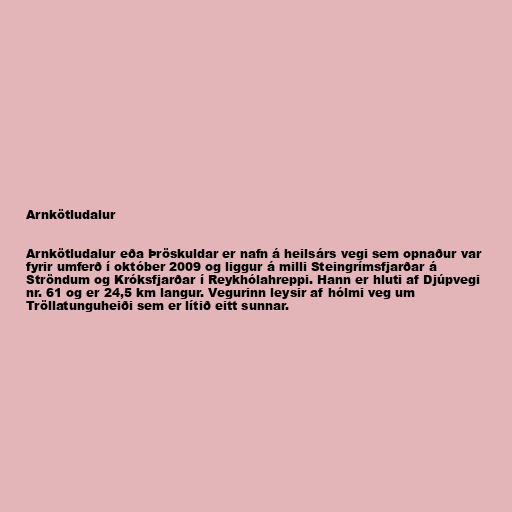
Arnkötludalur

Arnkötludalur eða Þröskuldar er nafn á heilsárs vegi sem opnaður var
fyrir umferð í október 2009 og liggur á milli Steingrímsfjarðar á
Ströndum og Króksfjarðar í Reykhólahreppi. Hann er hluti af Djúpvegi
nr. 61 og er 24,5 km langur. Vegurinn leysir af hólmi veg um
Tröllatunguheiði sem er lítið eitt sunnar.